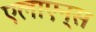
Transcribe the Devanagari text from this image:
एलाएन्स